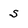
Character: S